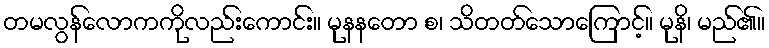
တမလွန်လောကကိုလည်းကောင်း။ မုနနတော စ၊ သိတတ်သောကြောင့်။ မုနိ၊ မည်၏။